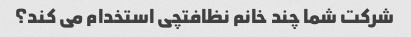
شرکت شما چند خانم نظافتچی استخدام می کند؟